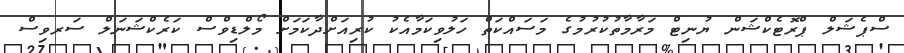
ސްޕެޝަލް ޕްރޮޓެކްޝަން ޔުނިޓް މަރާމާތުކުރުމުގެ މަސައްކަތް ހަލުވިކަމާއެކު ކުރިއަށްދާކަމަށް މޯލްޑިވްސް ކަރެކްޝަނަލް ސަރވިސް